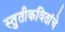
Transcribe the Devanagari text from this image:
स्तुतीकवितांचे